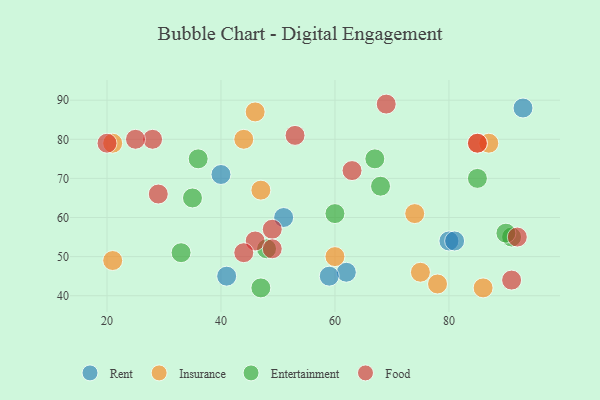
{"axis": {"x": "GDP", "y": "Life Expectancy"}, "legend": ["Entertainment", "Food", "Insurance", "Rent"], "data": [{"x": "93", "y": 88, "type": "Rent"}, {"x": "80", "y": 54, "type": "Rent"}, {"x": "51", "y": 60, "type": "Rent"}, {"x": "62", "y": 46, "type": "Rent"}, {"x": "81", "y": 54, "type": "Rent"}, {"x": "41", "y": 45, "type": "Rent"}, {"x": "59", "y": 45, "type": "Rent"}, {"x": "40", "y": 71, "type": "Rent"}, {"x": "21", "y": 49, "type": "Insurance"}, {"x": "60", "y": 50, "type": "Insurance"}, {"x": "75", "y": 46, "type": "Insurance"}, {"x": "21", "y": 79, "type": "Insurance"}, {"x": "44", "y": 80, "type": "Insurance"}, {"x": "87", "y": 79, "type": "Insurance"}, {"x": "46", "y": 87, "type": "Insurance"}, {"x": "85", "y": 79, "type": "Insurance"}, {"x": "74", "y": 61, "type": "Insurance"}, {"x": "47", "y": 67, "type": "Insurance"}, {"x": "86", "y": 42, "type": "Insurance"}, {"x": "78", "y": 43, "type": "Insurance"}, {"x": "68", "y": 68, "type": "Entertainment"}, {"x": "33", "y": 51, "type": "Entertainment"}, {"x": "47", "y": 42, "type": "Entertainment"}, {"x": "67", "y": 75, "type": "Entertainment"}, {"x": "36", "y": 75, "type": "Entertainment"}, {"x": "35", "y": 65, "type": "Entertainment"}, {"x": "48", "y": 52, "type": "Entertainment"}, {"x": "85", "y": 70, "type": "Entertainment"}, {"x": "91", "y": 55, "type": "Entertainment"}, {"x": "90", "y": 56, "type": "Entertainment"}, {"x": "60", "y": 61, "type": "Entertainment"}, {"x": "92", "y": 55, "type": "Food"}, {"x": "29", "y": 66, "type": "Food"}, {"x": "28", "y": 80, "type": "Food"}, {"x": "49", "y": 57, "type": "Food"}, {"x": "25", "y": 80, "type": "Food"}, {"x": "46", "y": 54, "type": "Food"}, {"x": "69", "y": 89, "type": "Food"}, {"x": "63", "y": 72, "type": "Food"}, {"x": "20", "y": 79, "type": "Food"}, {"x": "49", "y": 52, "type": "Food"}, {"x": "44", "y": 51, "type": "Food"}, {"x": "91", "y": 44, "type": "Food"}, {"x": "53", "y": 81, "type": "Food"}, {"x": "85", "y": 79, "type": "Food"}]}